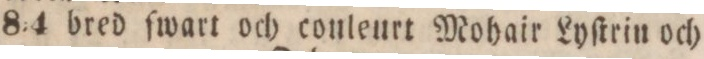
8:4 bred ſwart och conleurt Mohair Lyſtrin och